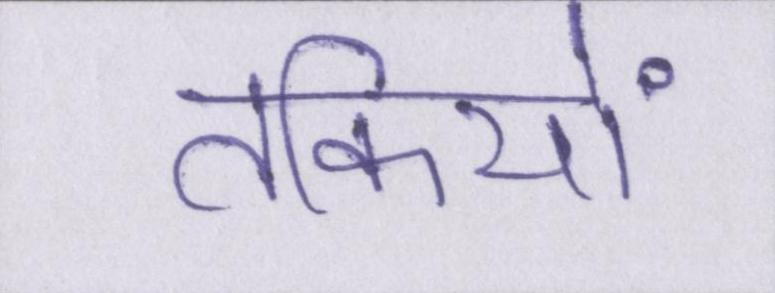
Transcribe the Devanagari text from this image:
तकियों